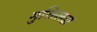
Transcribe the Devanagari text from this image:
मुक्तिलढा